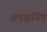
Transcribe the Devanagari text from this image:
अपक्षयित